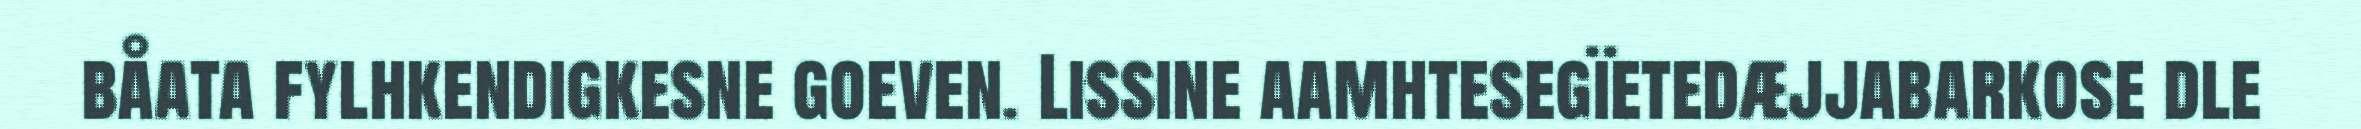
båata fylhkendigkesne goeven. Lissine aamhtesegïetedæjjabarkose dle